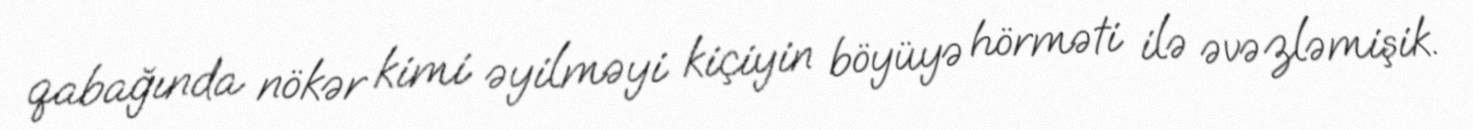
qabağında nökər kimi əyilməyi kiçiyin böyüyə hörməti ilə əvəzləmişik.